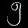
Digit: ၅